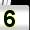
Digit: 5